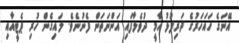
އޭނަގެ ހައަހަރުގެ ދަރިފުޅު އާމީ ދުވެލާފައި އަންނަތަން ފެނުނެވެ. ލައިގެން ހުރި ޕެޓީއާއި